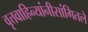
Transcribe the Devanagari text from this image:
वृत्तवाहिन्यांनीसांगितले